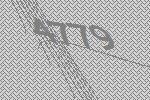
4779